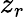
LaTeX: z_{r}